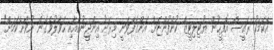
އެކަމަކު ރައީސް އޮފީހުން ޔުޓިލިޓީޒް ކުންފުންޏަށް އަންގާފަވަނީ މިރަށު އިންޖީނުގެއާއި ހަވާލުވެގެން ނުވާނެކަމަށް"